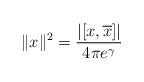
LaTeX: \begin{align*} \| x \|^2 = \frac{ | [x,\overline{x}] | } { 4\pi e^\gamma }\end{align*}